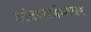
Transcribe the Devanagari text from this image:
आंतरसंबंधांवर